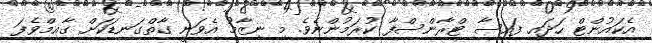
އެކައުންޓް ހަދައި ފައިސާ ޓްރާންސްފާ ކުރަމުންނެވެ. މި ނިޒާމު އެވަނީ ގާތްގަނޑަކަށް ގާއިމްވެފަ